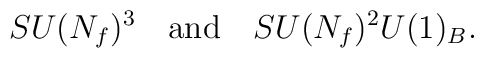
SU(N_f)^3 \quad {\rm and} \quad SU(N_f)^2U(1)_B.